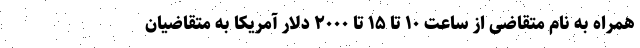
همراه به نام متقاضی از ساعت ۱۰ تا ۱۵ تا ۲۰۰۰ دلار آمریکا به متقاضیان